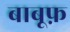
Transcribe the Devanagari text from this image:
बाबूफ़